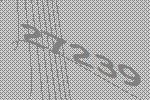
27239